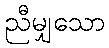
ညီမျှသော